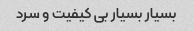
بسیار بسیار بی کیفیت و سرد